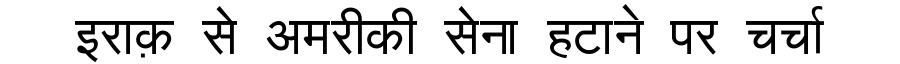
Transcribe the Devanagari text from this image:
इराक़ से अमरीकी सेना हटाने पर चर्चा